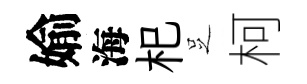
媮海𣏌𠯁柯